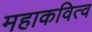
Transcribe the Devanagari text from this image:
महाकवित्व